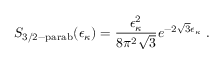
S _ { \mathrm { 3 / 2 - p a r a b } } ( \epsilon _ { \kappa } ) = \frac { \epsilon _ { \kappa } ^ { 2 } } { 8 \pi ^ { 2 } \sqrt { 3 } } e ^ { - 2 \sqrt { 3 } \epsilon _ { \kappa } } ~ .